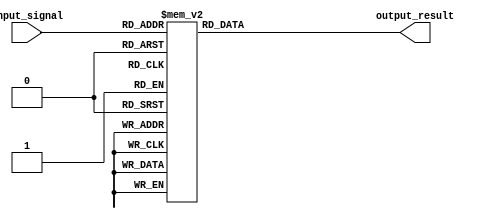
module case_statement_example (
    input [2:0] input_signal,
    output reg [3:0] output_result
);

always @*
begin
    case (input_signal)
        3'b000: output_result = 4'b0000;
        3'b001: output_result = 4'b0001;
        3'b010: output_result = 4'b0010;
        3'b011: output_result = 4'b0011;
        3'b100: output_result = 4'b0100;
        3'b101: output_result = 4'b0101;
        3'b110: output_result = 4'b0110;
        3'b111: output_result = 4'b0111;
        default: output_result = 4'b1111;
    endcase
end

endmodule